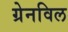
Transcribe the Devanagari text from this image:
ग्रेनविल